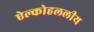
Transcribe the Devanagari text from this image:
ऐल्कोहललीय